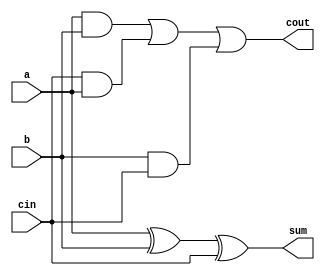
module full_adder(sum,cout,a,b,cin);
	output sum,cout;
	input a,b,cin;
	assign sum = a^b^cin;
	assign cout = (a&b)|(cin&a)|(b&cin);
endmodule

module ripple_carry_15bits(sum,cout,OF,a,b,cin);
	output [14:0]sum;
	output cout;
	output reg OF;
	input [14:0]a;
	input [14:0]b;
	input cin;
	wire [13:0]c;
	
	full_adder fa1(sum[0],c[0],a[0],b[0],cin);
	full_adder fa2(sum[1],c[1],a[1],b[1],c[0]);
	full_adder fa3(sum[2],c[2],a[2],b[2],c[1]);
	full_adder fa4(sum[3],c[3],a[3],b[3],c[2]);
	full_adder fa5(sum[4],c[4],a[4],b[4],c[3]);
	full_adder fa6(sum[5],c[5],a[5],b[5],c[4]);
	full_adder fa7(sum[6],c[6],a[6],b[6],c[5]);
	full_adder fa8(sum[7],c[7],a[7],b[7],c[6]);
	full_adder fa9(sum[8],c[8],a[8],b[8],c[7]);
	full_adder fa10(sum[9],c[9],a[9],b[9],c[8]);
	full_adder fa11(sum[10],c[10],a[10],b[10],c[9]);
	full_adder fa12(sum[11],c[11],a[11],b[11],c[10]);
	full_adder fa13(sum[12],c[12],a[12],b[12],c[11]);
	full_adder fa14(sum[13],c[13],a[13],b[13],c[12]);
	full_adder fa15(sum[14],cout,a[14],b[14],c[13]);
	always @(*)
	begin
		if (c[13] == cout)
		begin
			OF = 1'b0;
		end
		else
		begin
			OF = 1'b1;
		end
	end	
endmodule

module tb_ripple_carry_15bits();
	reg [14:0]A,B;

	wire [14:0]out;
    wire carry_out, ovf;
    reg carry_in;

	ripple_carry_15bits uut(out, carry_out, ovf, A, B, carry_in);

    initial 
	begin
		A = 15'b000001000000000; B = 15'b000001000000000; carry_in = 1'b0; //
		#10 A = 15'b110100000000011; B = 15'b001111000000000;
		#10 A = 15'b110100000000011; B = 15'b101111000000000;
		#10 A = 15'b111111111111111; B = 15'b101111111111111;//
		#10 A = 15'b000001000000000; B = 15'b000001000000000;//
		
	end
	initial begin
      $monitor("A=%b, B=%b, Output=%b, OF=%b",A,B,out,ovf);
    end
	initial begin
		#220 $finish;
	end
endmodule